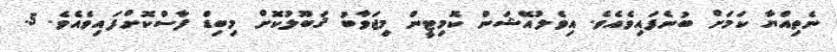
ނެތިއްޔާ ކަމަށް ބުނެފައިވެއެވެ. އިވެލުއޭޝަން ކޮމިޓީން މިޖަވާބު ޤަބޫލުކޮށް މިބިޑް ފާސްކޮށްފައިވެއެވެ. 5.